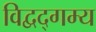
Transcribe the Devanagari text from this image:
विद्वद्गम्य